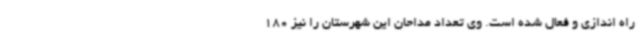
راه اندازی و فعال شده است. وی تعداد مداحان این شهرستان را نیز 180